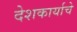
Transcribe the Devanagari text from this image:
देशकार्याचे